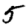
Digit: 5